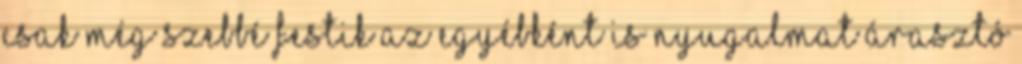
csak még szebbé festik az egyébként is nyugalmat árasztó